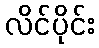
လိင်ပိုင်း